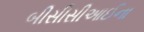
બીસીસીઆઈના